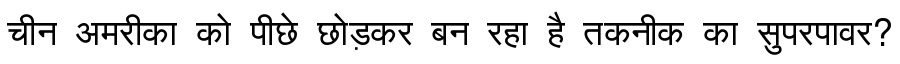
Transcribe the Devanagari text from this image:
चीन अमरीका को पीछे छोड़कर बन रहा है तकनीक का सुपरपावर?